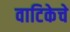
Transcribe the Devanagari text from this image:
वाटिकेचे